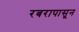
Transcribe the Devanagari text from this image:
रबरापासून